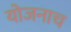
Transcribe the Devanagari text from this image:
योजनाच